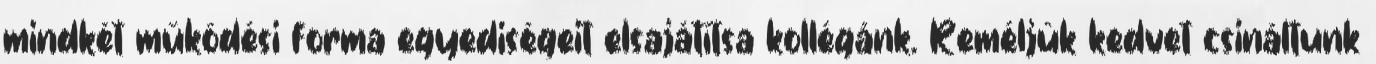
mindkét működési forma egyediségeit elsajátítsa kollégánk. Reméljük kedvet csináltunk